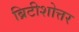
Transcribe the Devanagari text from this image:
ब्रिटीशोत्तर